Indian journal of veterinary science and animal husbandry - Volume 4,
Year: 1934
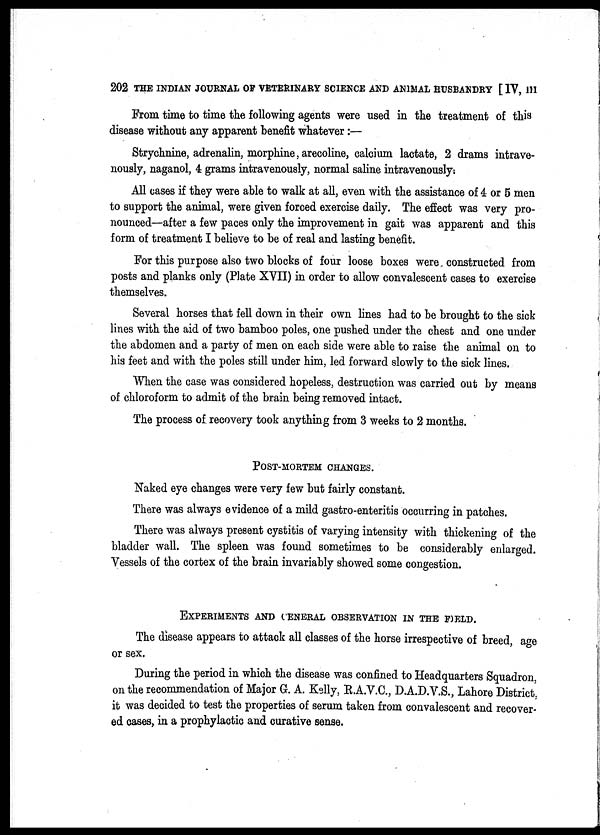
202 THE INDIAN JOURNAL OF VETERINARY SCIENCE AND ANIMAL HUSBANDRY [ IV, III
From time to time the following agents were used in the treatment of this
disease without any apparent benefit whatever:—
Strychnine, adrenalin, morphine, arecoline, calcium lactate, 2 drams intrave-
nously, naganol, 4 grams intravenously, normal saline intravenously.
All cases if they were able to walk at all, even with the assistance of 4 or 5 men
to support the animal, were given forced exercise daily. The effect was very pro-
nounced—after a few paces only the improvement in gait was apparent and this
form of treatment I believe to be of real and lasting benefit.
For this purpose also two blocks of four loose boxes were constructed from
posts and planks only (Plate XVII) in order to allow convalescent cases to exercise
themselves.
Several horses that fell down in their own lines had to be brought to the sick
lines with the aid of two bamboo poles, one pushed under the chest and one under
the abdomen and a party of men on each side were able to raise the animal on to
his feet and with the poles still under him, led forward slowly to the sick lines.
When the case was considered hopeless, destruction was carried out by means
of chloroform to admit of the brain being removed intact.
The process of recovery took anything from 3 weeks to 2 months.
POST-MORTEM CHANGES.
Naked eye changes were very few but fairly constant.
There was always evidence of a mild gastro-enteritis occurring in patches.
There was always present cystitis of varying intensity with thickening of the
bladder wall. The spleen was found sometimes to be considerably enlarged.
Vessels of the cortex of the brain invariably showed some congestion.
EXPERIMENTS AND GENERAL OBSERVATION IN THE FIELD.
The disease appears to attack all classes of the horse irrespective of breed, age
or sex.
During the period in which the disease was confined to Headquarters Squadron,
on the recommendation of Major G. A. Kelly, R.A.V.C., D.A.D.V.S., Lahore District,
it was decided to test the properties of serum taken from convalescent and recover-
ed cases, in a prophylactic and curative sense.